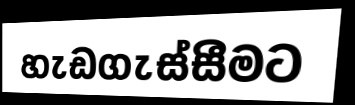
හැඩගැස්සීමට